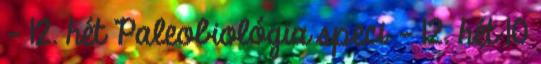
– 12. hét Paleobiológia speci – 12. hét 10